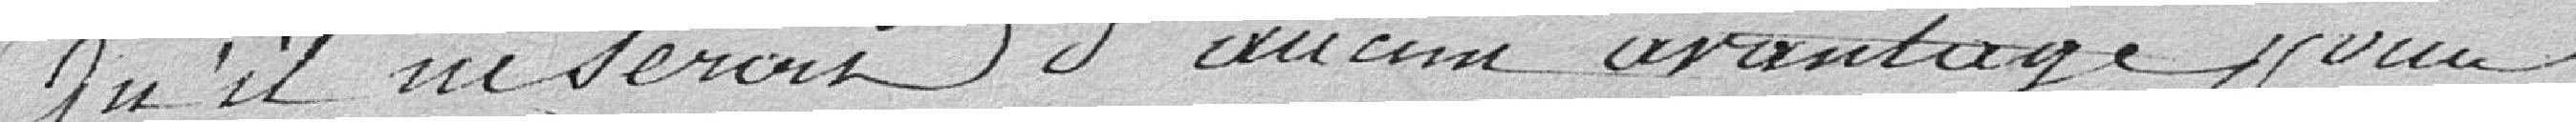
Qu'il ne serait d'aucun avantage pour